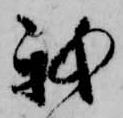
我